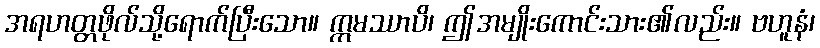
အရဟတ္တဖိုလ်သို့ရောက်ပြီးသော။ ဣမဿာပိ၊ ဤအမျိုးကောင်းသား၏လည်း။ ဗဟူနံ၊